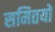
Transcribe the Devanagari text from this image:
समितयों